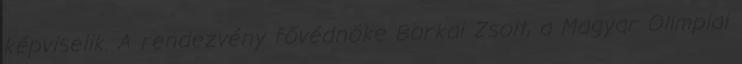
képviselik. A rendezvény fővédnöke Borkai Zsolt, a Magyar Olimpiai